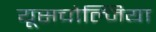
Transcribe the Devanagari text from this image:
यूसचोल्जिया